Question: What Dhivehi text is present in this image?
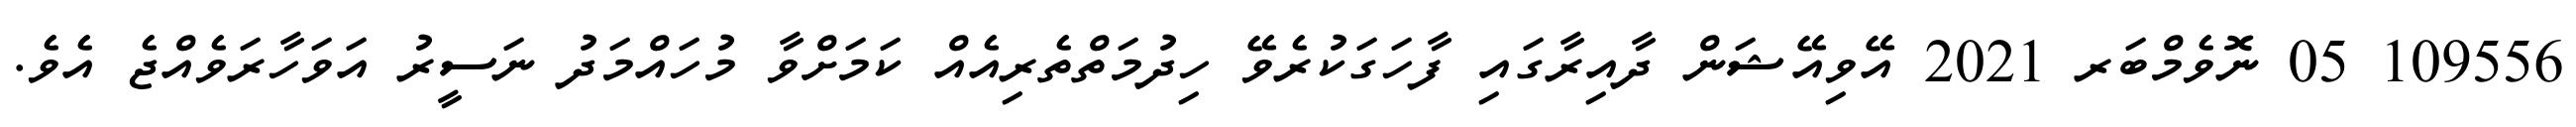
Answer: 109556 05 ނޮވެމްބަރ 2021 އޭވިއޭޝަން ދާއިރާގައި ފާހަގަކުރެވޭ ހިދުމަތްތެރިއެއް ކަމަށްވާ މުހައްމަދު ނަސީރު އަވަހާރަވެއްޖެ އެވެ.